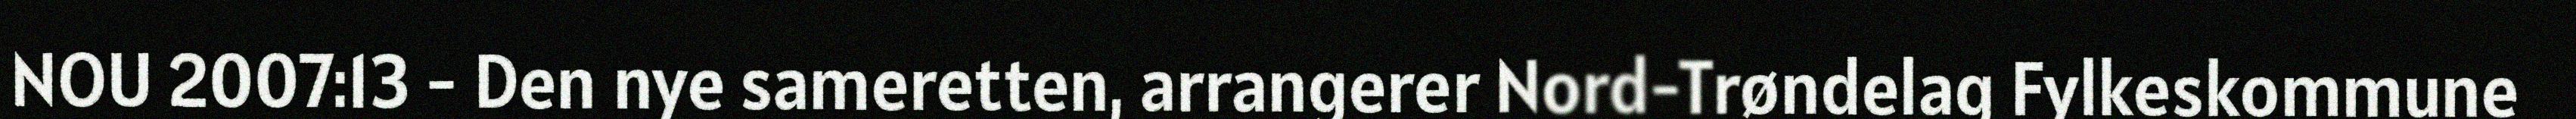
NOU 2007:13 - Den nye sameretten, arrangerer Nord-Trøndelag Fylkeskommune